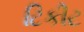
ટિકીટ